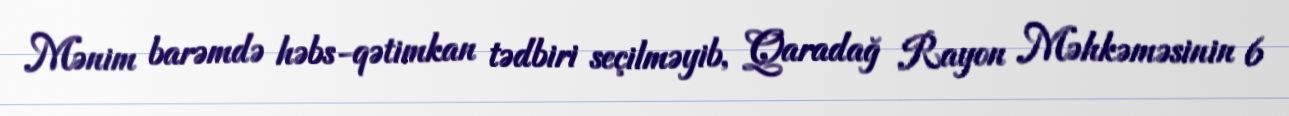
Mənim barəmdə həbs-qətimkan tədbiri seçilməyib, Qaradağ Rayon Məhkəməsinin 6